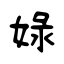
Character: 娽